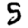
Digit: 5